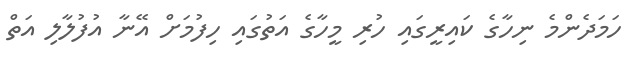
ހަމަދެންމެ ނިހާގެ ކައިރީގައި ހުރި މީހާގެ އަތުގައި ހިފުމަށް އޭނާ އުފުލާލި އަތް